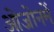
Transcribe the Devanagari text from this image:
ओजोनमें